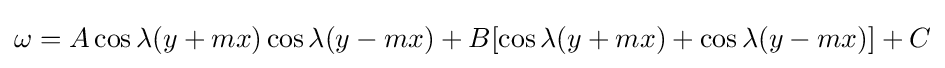
\omega =A\cos \lambda (y+mx)\cos \lambda (y-mx)+B[\cos \lambda (y+mx)+\cos \lambda (y-mx)]+C